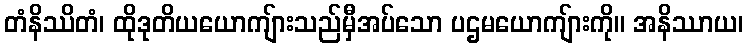
တံနိဿိတံ၊ ထိုဒုတိယယောကျ်ားသည်မှီအပ်သော ပဌမယောကျ်ားကို။ အနိဿာယ၊